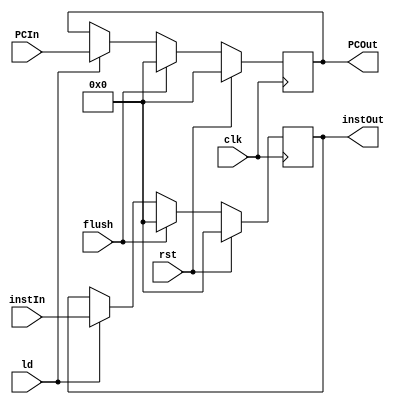
`timescale 1ns/1ns

module IF2ID (input clk, rst, flush, ld,
              input [31:0] PCIn, instIn, 
              output reg [31:0] PCOut, instOut);

  always @ (posedge clk) begin
    if (rst) begin
      PCOut <= 0;
      instOut <= 0;
    end
    else begin
      if (flush) begin
        instOut <= 0;
        PCOut <= 0;
      end
      else begin
        if (ld) begin
          instOut <= instIn;
          PCOut <= PCIn;
        end
      end
    end
  end
endmodule